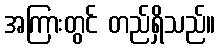
အကြားတွင် တည်ရှိသည်။